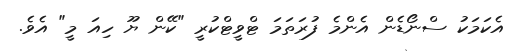
އެކަމަކު ސްނޯޑެން އެންމެ ފުރަތަމަ ޓްވީޓްކުރީ "ކޭން ޔޫ ހިއަ މީ" އެވެ.